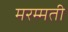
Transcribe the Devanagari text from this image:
मरम्‍मती